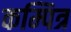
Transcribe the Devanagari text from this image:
कम्पित्र